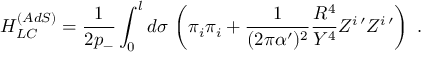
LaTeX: H _ { L C } ^ { ( A d S ) } = \frac { 1 } { 2 p _ { - } } \int _ { 0 } ^ { l } d \sigma \, \left( \pi _ { i } \pi _ { i } + \frac { 1 } { ( 2 \pi \alpha ^ { \prime } ) ^ { 2 } } \frac { R ^ { 4 } } { Y ^ { 4 } } Z ^ { i \, \prime } Z ^ { i \, \prime } \right) \ .